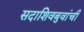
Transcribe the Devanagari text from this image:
सदाशिवबुवांची